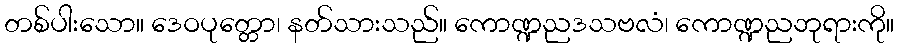
တစ်ပါးသော။ ဒေဝပုတ္တော၊ နတ်သားသည်။ ကောဏ္ဍညဒသဗလံ၊ ကောဏ္ဍညဘုရားကို။